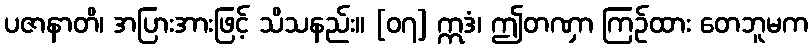
ပဇာနာတိ၊ အပြားအားဖြင့် သိသနည်း။ [၀၇] ဣဒံ၊ ဤတဏှာ ကြဉ်ထား တေဘူမက